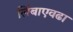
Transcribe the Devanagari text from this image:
लिंबाएवढा